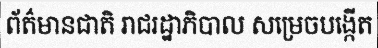
ព័ត៌មានជាតិ រាជរដ្ឋាភិបាល សម្រេចបង្កើត